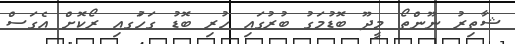
ޝާތިރު ނޫންތޯ މީދޫ ބޮޑުމަގު ބުރުގައި ހުރި ބޮޑު ގަހުަގއި ރޯކޮށް އެގަސް